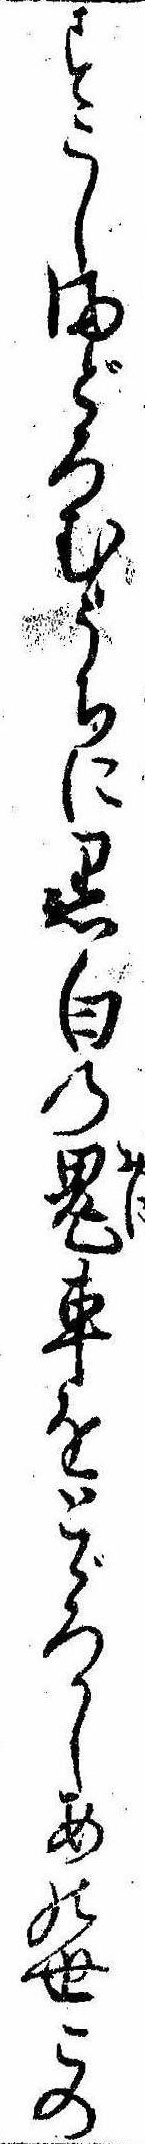
すこしまどろむうちに黒白の鬼車をとゞろかしあの世この